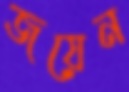
জয়েন